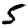
Digit: 5